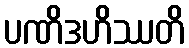
ပဏိဒဟိဿတိ